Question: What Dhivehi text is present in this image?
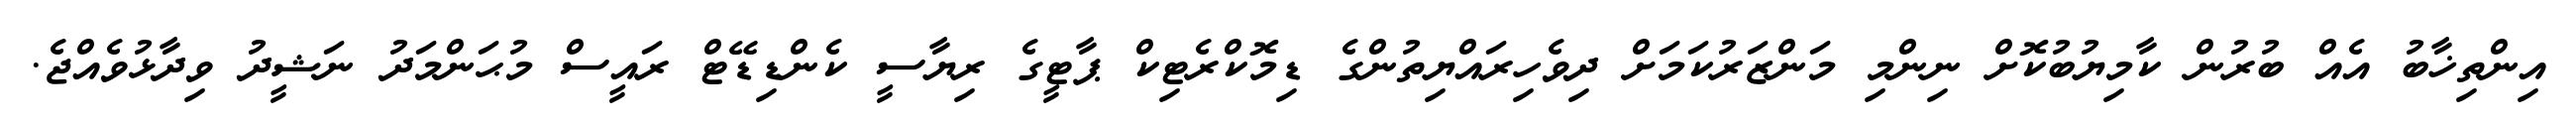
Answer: އިންތިޚާބު އެއް ބުރުން ކާމިޔުބުކޮށް ނިންމި މަންޒަރުކަމަށް ދިވެހިރައްޔިތުންގެ ޑިމޮކްރެޓިކް ޕާޓީގެ ރިޔާސީ ކެންޑިޑޭޓް ރައީސް މުޙަންމަދު ނަޝީދު ވިދާޅުވެއްޖެ.